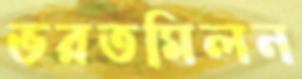
ভরতমিলন